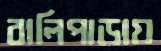
বালিপাড়ায়